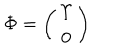
\Phi = \left( \begin{array} { c } { { \Upsilon } } \\ { { 0 } } \\ \end{array} \right)